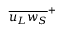
{ \overline { { { u _ { L } } { w _ { S } } } } } ^ { + }